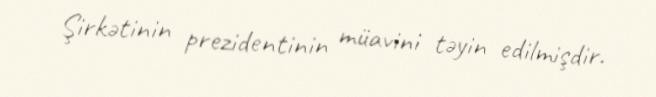
Şirkətinin prezidentinin müavini təyin edilmişdir.